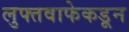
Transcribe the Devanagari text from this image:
लुफ्तवाफेकडून